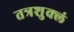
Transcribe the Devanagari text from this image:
तत्रशुक्लं